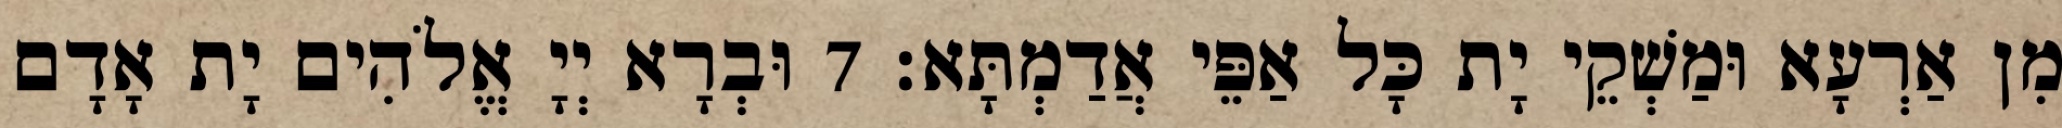
מִן אַרְעָא וּמַשְׁקֵי יָת כָּל אַפֵּי אֲדַמְתָּא׃ 7 וּבְרָא יְיָ אֱלֹהִים יָת אָדָם